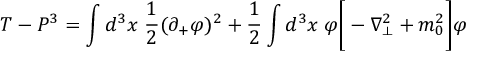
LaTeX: T - P ^ { 3 } = \int d ^ { 3 } x \; { \frac { 1 } { 2 } } ( \partial _ { + } \varphi ) ^ { 2 } + { \frac { 1 } { 2 } } \int d ^ { 3 } x \; \varphi \Bigg [ - \nabla _ { \perp } ^ { 2 } + m _ { 0 } ^ { 2 } \Bigg ] \varphi